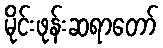
မိုင်းဖုန်းဆရာတော်